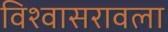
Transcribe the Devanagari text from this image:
विश्वासरावला